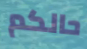
حالكم